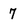
Character: 7